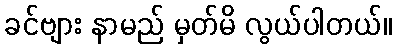
ခင်ဗျား နာမည် မှတ်မိ လွယ်ပါတယ်။